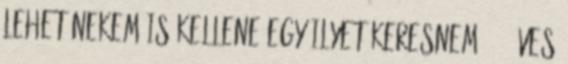
lehet nekem is kellene egy ilyet keresnem? 20 éves